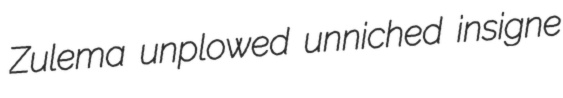
Zulema unplowed unniched insigne